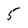
Character: 5